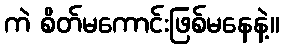
ကဲ စိတ်မကောင်းဖြစ်မနေနဲ့။